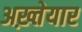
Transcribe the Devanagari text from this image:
अख़्तेयार